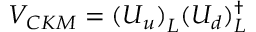
V _ { C K M } = ( U _ { u } ) _ { L } ^ { \phantom { \dagger } } ( U _ { d } ) _ { L } ^ { \dagger }